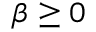
\beta \ge 0